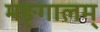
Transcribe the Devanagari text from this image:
मङ्गालम्